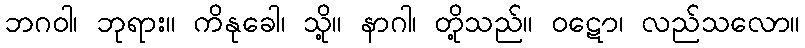
ဘဂဝါ၊ ဘုရား။ ကိနုခေါ၊ သို့။ နာဂါ၊ တို့သည်။ ဝဋော၊ လည်သလော။